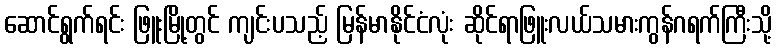
ဆောင်ရွက်ရင်း ဖြူးမြို့တွင် ကျင်းပသည့် မြန်မာနိုင်ငံလုံး ဆိုင်ရာဖြူးလယ်သမားကွန်ဂရက်ကြီးသို့